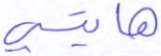
هايتي